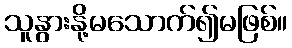
သူနွားနို့မသောက်၍မဖြစ်။